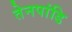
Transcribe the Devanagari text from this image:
तेनपांडि